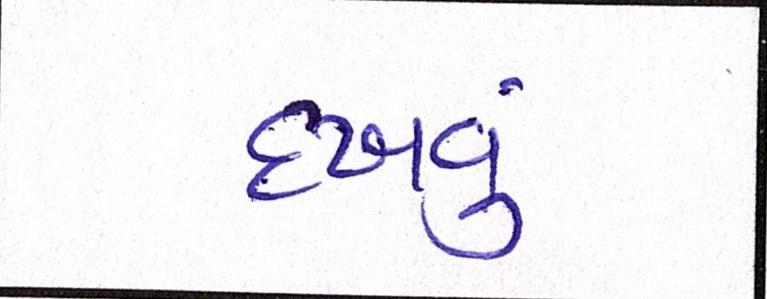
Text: દઃખવું